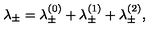
\lambda _ { \pm } = \lambda _ { \pm } ^ { ( 0 ) } + \lambda _ { \pm } ^ { ( 1 ) } + \lambda _ { \pm } ^ { ( 2 ) } ,